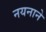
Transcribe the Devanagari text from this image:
नयनाने